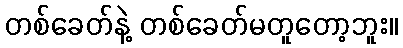
တစ်ခေတ်နဲ့ တစ်ခေတ်မတူတော့ဘူး။